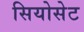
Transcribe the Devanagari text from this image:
सियोसेट